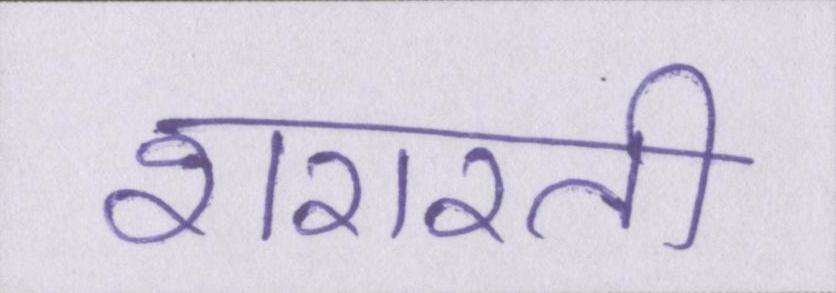
शरारती